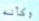
وكأنه